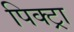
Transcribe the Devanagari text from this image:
पिक्ट्रा